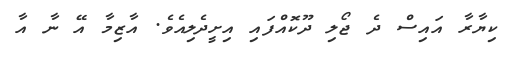
ކިޔާރާ އައިސް ދެ ޖޯލި ދޫކޮއްފައި އިށީދެލިއެވެ. އާޒިމާ އޭ ނާ އާ